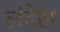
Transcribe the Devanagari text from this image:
लंदेस